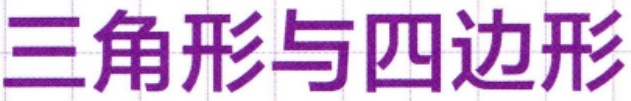
三角形与四边形